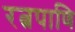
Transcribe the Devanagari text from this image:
रत्नपाणि